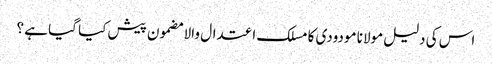
اس کی دلیل مولانا مودودی کا مسلک اعتدال والا مضمون پیش کیا گیا ہے ؟